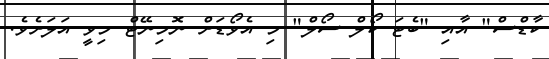
ކާޑްސް" އާއި "ބެޓަ ކޯލް ސޯލް" މި އެވޯޑަށް ނޮމިނޭޓް މިވީ އަލަށެވެ.